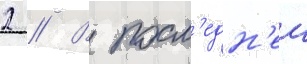
2 // В посл'едн'еи